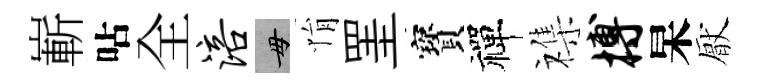
嶄呫全涪毋悁罣寳禪襍搏杲厭